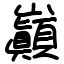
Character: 巓